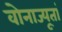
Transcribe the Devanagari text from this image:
वोनाज्यूतां